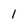
Character: 1